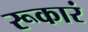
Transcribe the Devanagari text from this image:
रूकारं